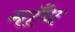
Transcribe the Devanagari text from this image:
माँध